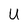
Character: u